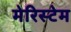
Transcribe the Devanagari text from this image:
मेरिस्टेम